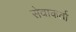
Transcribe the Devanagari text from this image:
सेवाकर्ता